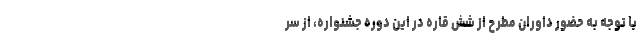
با توجه به حضور داوران مطرح از شش قاره در این دوره جشنواره، از سر